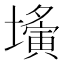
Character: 𡒕